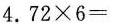
$$4 . 7 2 \times 6 =$$